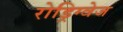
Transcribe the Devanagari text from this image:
रोड्रिग्वेज